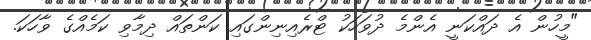
"މީހުން އެ ދައްކަނީ އެންމެ ދުވަހަކު ޓްރެއިނިންގައި ކަންތައް ދިމާވި ކަމެއްގެ ވާހަކަ.